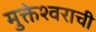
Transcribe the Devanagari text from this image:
मुक्तेश्वराची